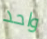
واحد